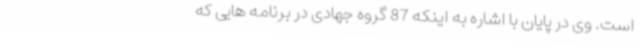
است. وی در پایان با اشاره به اینکه 87 گروه جهادی در برنامه هایی که